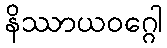
နိဿာယဝဂ္ဂေါ